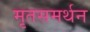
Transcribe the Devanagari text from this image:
मृतसमर्थन